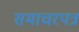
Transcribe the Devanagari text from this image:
समाचरपत्र